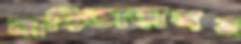
বাড়িভাড়াসহ